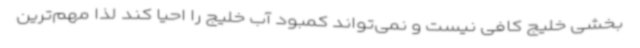
بخشی خلیج کافی نیست و نمی‌تواند کمبود آب خلیج را احیا کند لذا مهم‌ترین